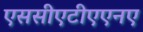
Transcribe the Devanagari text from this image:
एससीएटीएएनए